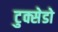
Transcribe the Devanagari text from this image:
टुक्सेडो